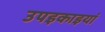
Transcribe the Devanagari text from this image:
उपइकाइयां